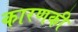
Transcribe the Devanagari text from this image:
कारणकी